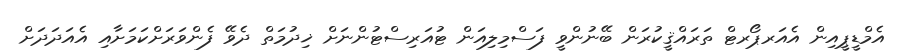
އެމްޑީޕީއިން އެއަރޕޯރޓް ތަރައްޤީކުރަން ބޭނުންވީ ފަސްމިލިއަން ޓުއަރިސްޓުންނަށް ޚިދުމަތް ދެވޭ ފެންވަރަށްކަމަށާއި އެއަދަދަށް